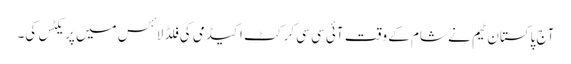
آج پاکستان ٹیم نے شام کے وقت آئی سی سی کرکٹ اکیڈمی کی فلڈ لائٹس میں پریکٹس کی۔